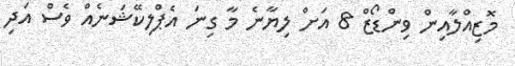
މޮޒިއްލާއިން ވިންޑޯޒް 8 އަށް ލިޔާނެ މާ ގިނަ އެޕްލިކޭޝަނެއް ވެސް އަދި